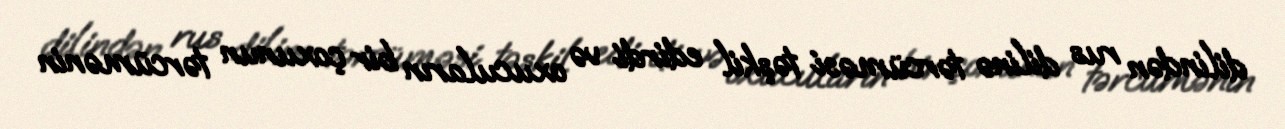
dilindən rus dilinə tərcüməsi təşkil edirdi və oxucuların bir çoxunun tərcümənin